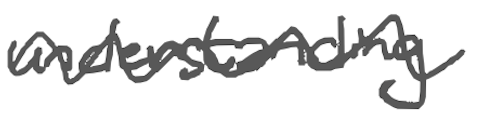
Text: understanding
Cross-out: wave
Writing tool: digital_gray